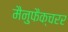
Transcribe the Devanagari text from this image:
मैनुफैक्चरर